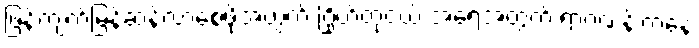
ဖြန့်ကျက်မြန်ဆန်လာစေဖို့အတွက် ဂြိုဟ်တုငယ် အရေအတွက် ရာဂဏန်းကနေ